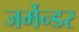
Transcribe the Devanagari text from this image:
जर्मेन्डर